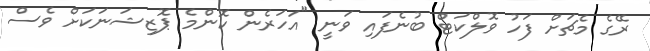
ރޭގެ މެޗަށް ފަހު ވޮލްކަޓް ބުނެފައި ވަނީ "އަހަރެން ކޮންމެ ޕޮޒިޝަނަކަށް ވެސް